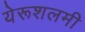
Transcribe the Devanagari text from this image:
येरूशलमी